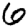
Digit: 6